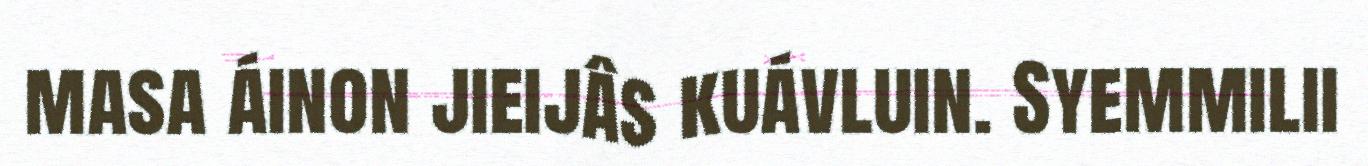
masa áinon jieijâs kuávluin. Syemmilii